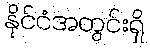
နိုင်ငံအတွင်းရှိ